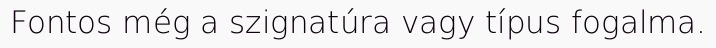
Fontos még a szignatúra vagy típus fogalma.